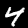
Digit: 4